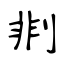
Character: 剕